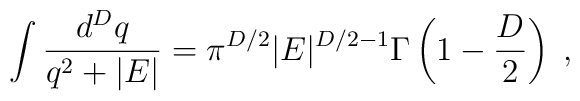
\int\frac{d^{{D}}q}{q^{2}+|E|} =\pi^{{D}/2}|E|^{{D}/2 - 1}\Gamma \left( 1 - \frac{D}{2} \right)\; ,